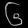
Digit: ၆